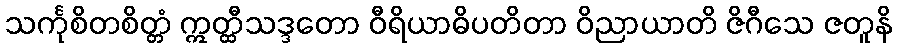
သင်္ကုစိတစိတ္တံ ဣတ္ထီသဒ္ဒတော ဝီရိယာဓိပတိတာ ဝိညာယာတိ ဇိဂီသေ ဇတူနိ